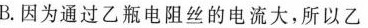
B.因为通过乙瓶电阻丝的电流大，所以乙